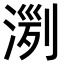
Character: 𣸟